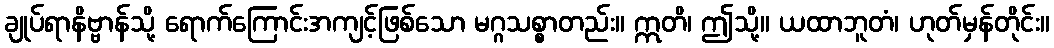
ချုပ်ရာနိဗ္ဗာန်သို့ ရောက်ကြောင်းအကျင့်ဖြစ်သော မဂ္ဂသစ္စာတည်း။ ဣတိ၊ ဤသို့။ ယထာဘူတံ၊ ဟုတ်မှန်တိုင်း။